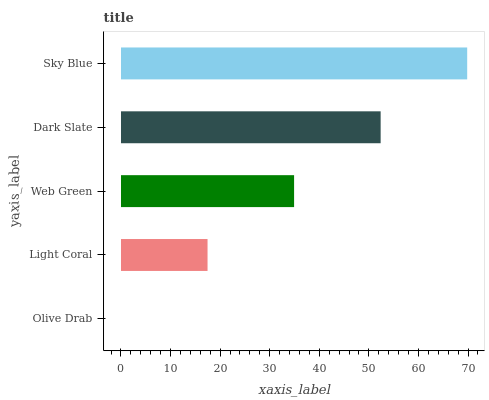
| yaxis_label | bars |
 | --- | --- |
 | Olive Drab | 0 |
 | Light Coral | 17.5 |
 | Web Green | 34.9 |
 | Dark Slate | 52.4 |
 | Sky Blue | 69.8 |